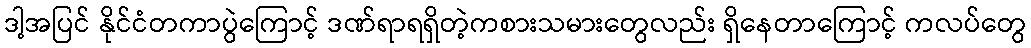
ဒါ့အပြင် နိုင်ငံတကာပွဲကြောင့် ဒဏ်ရာရရှိတဲ့ကစားသမားတွေလည်း ရှိနေတာကြောင့် ကလပ်တွေ